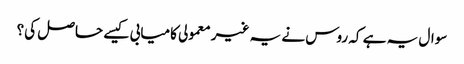
سوال یہ ہے کہ روس نے یہ غیر معمولی کامیابی کیسے حاصل کی؟